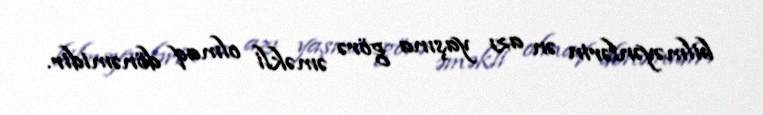
bilməyənlərin ən azı yaşına görə əməkli olmaq dönəmidir.